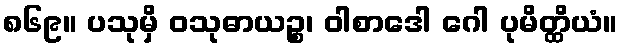
၈၆၉။ ပသုမှိ ဝသုဓာယဉ္စ၊ ဝါစာဒေါ ဂေါ ပုမိတ္ထိယံ။